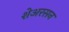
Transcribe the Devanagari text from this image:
शेअरसन